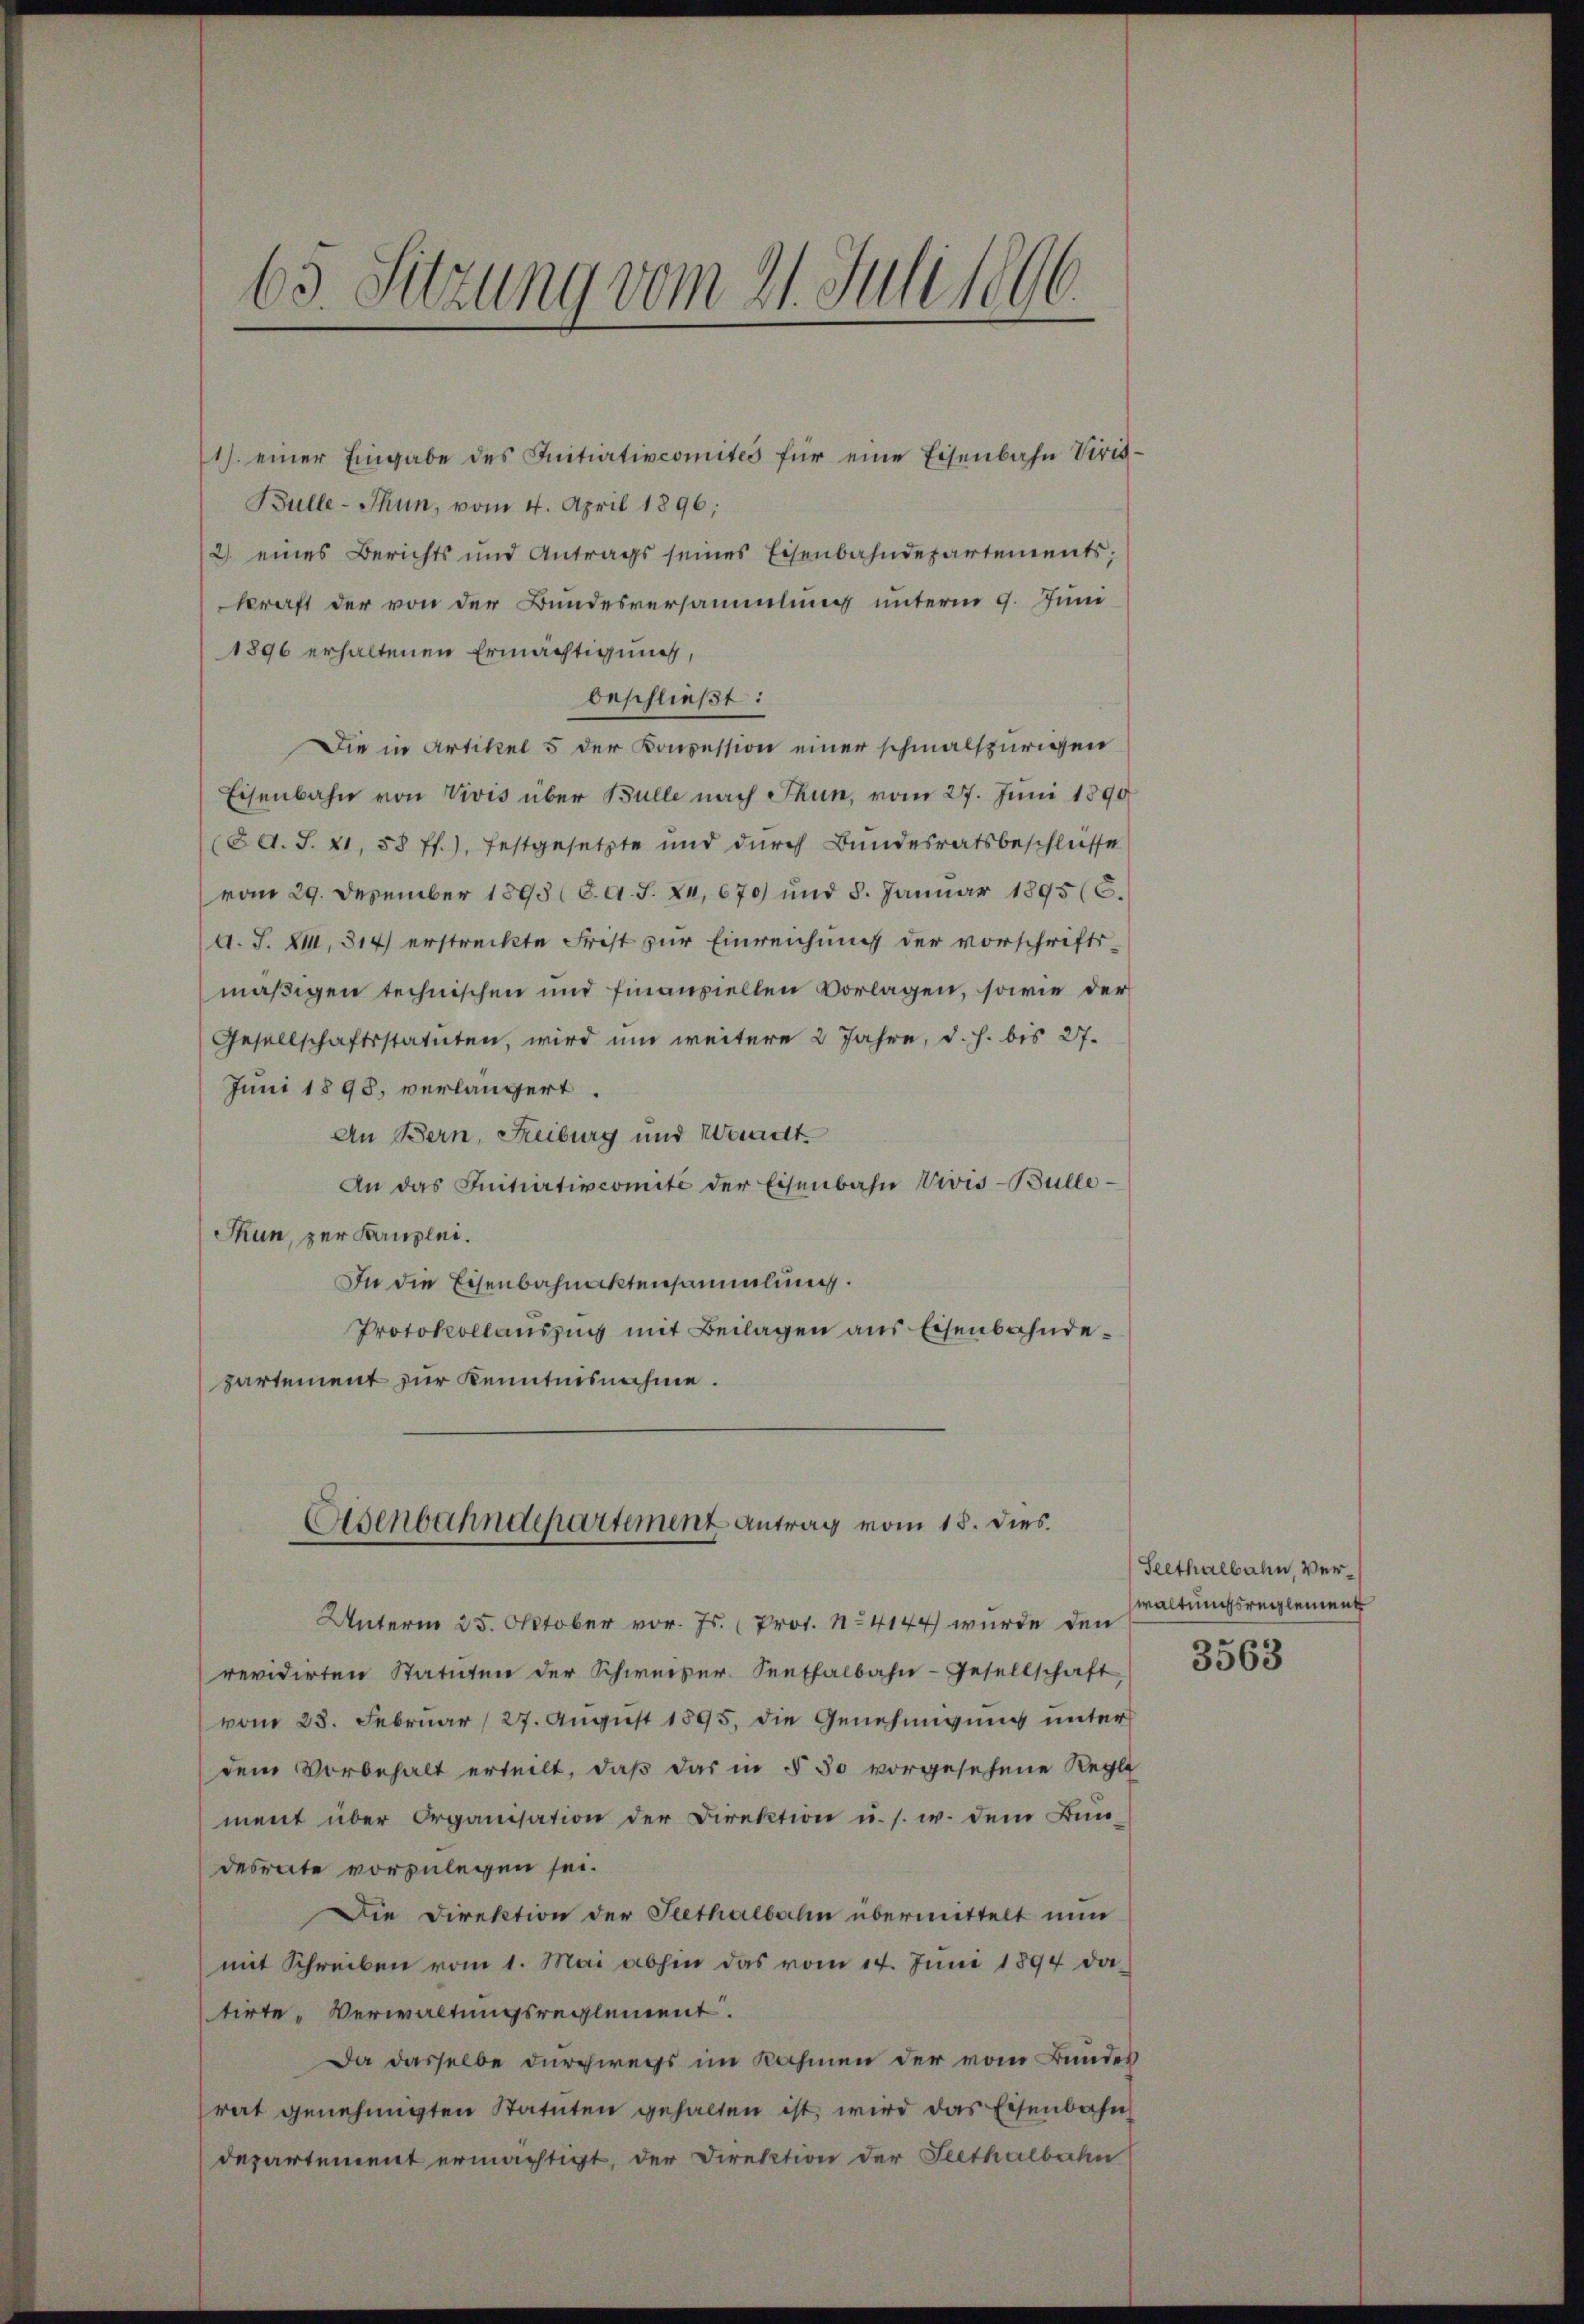
63. Sitzung vom 21. Juli 1896.

1) einer Eingabe des Initiativcomites für eine Eisenbahn Viris¬
Bulle-Thun, vom 4. April 1896;
2) eines Berichts und Antrags seines Eisenbahndepartements;
kraft der von der Bundesversammlung unterm 9. Juni
1896 erhaltenen Ermächtigung,
beschließt:
Die in Artikel 5 der Konzession einer schmalspurigen
Eisenbahn von Vivis über Bulle nach Thun, vom 27. Juni 1890
(dd. S. 21, 58 ff.), festgesetzte und durch Bundesratsbeschlusse
vom 29. Dezember 1893 (6. A. S. 24, 670) und 8. Januar 1895 (C.
A. S. XIII, 314 erstreckte Frist zur Einreichung der vorschriftsmäßigen technischen und finanziellen Vorlagen, sowie der
Gesellschaftsstatuten, wird um weitere 2 Jahre, d. h. bis 27.
Juni 1898, verlängert.
An Bern, Freiburg und Waadt.
An das Initiativcomite der Eisenbahn Vivis-Bülle
Thun, zur Kanzlei.
In die Eisenbahnaktensammlung.
Protokollauszug mit Beilagen aus Eisenbahndepartement zur Kenntnisnahme.
Osenbahndepartement Antrag vom 18. dies
Unterm 25. Oktober vor. Js. (Prot. No 4144 wurde den
revidirten Statuten der Schweiser Senthalbahn-Gesellschaft
vom 28. Februar (27. August 1895, die Genehmigung unter
dem Vorbehalt erteilt, daß das in § 30 vorgesehene Regle
ment über Organisation der Direktion u. s. w. dem Bundesrate vorzulegen sei.
Die Direktion der Peethalbahn übermittelt nun
mit Schreiben vom 1. Mai abhin das vom 14. Juni 1894 da-
tirte „Verwaltungsreglement.
Da dasselbe durchwegs im Nahmen der vom Bundes
rat genehmigten Statuten gehalten ist, wird das Eisenbahn
departement ermächtigt, der Direktion der Seethalbahn

Seethalbahn, Verwaltungsreglement

3563